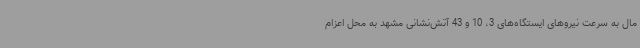
مال به سرعت نیروهای ایستگاه‌های 3، 10 و 43 آتش‌نشانی مشهد به محل اعزام